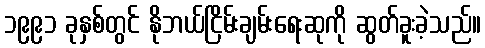
၁၉၉၁ ခုနှစ်တွင် နိုဘယ်ငြိမ်းချမ်းရေးဆုကို ဆွတ်ခူးခဲ့သည်။